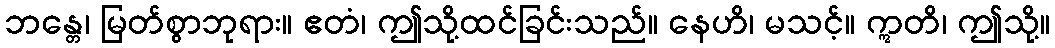
ဘန္တေ၊ မြတ်စွာဘုရား။ ဧတံ၊ ဤသို့ထင်ခြင်းသည်။ နေဟိ၊ မသင့်။ ဣတိ၊ ဤသို့။